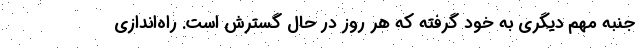
جنبه مهم دیگری به خود گرفته که هر روز در حال گسترش است. راه‌اندازی